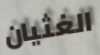
الغثيان